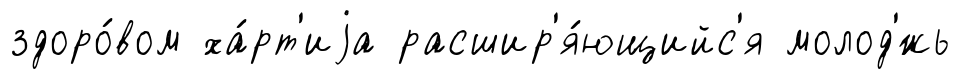
здоро́вом ха́рт'иjа расшир'я́ющийс'я молод'́жь